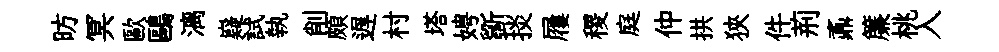
昉冥歐鷗漓嶷試執削頗遅村塔娉斵掞屨稷庭仲拱狹件荊鼒簾桃入